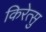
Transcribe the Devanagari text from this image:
किरेत्सु